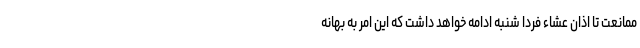
ممانعت تا اذان عشاء فردا شنبه ادامه خواهد داشت که این امر به بهانه